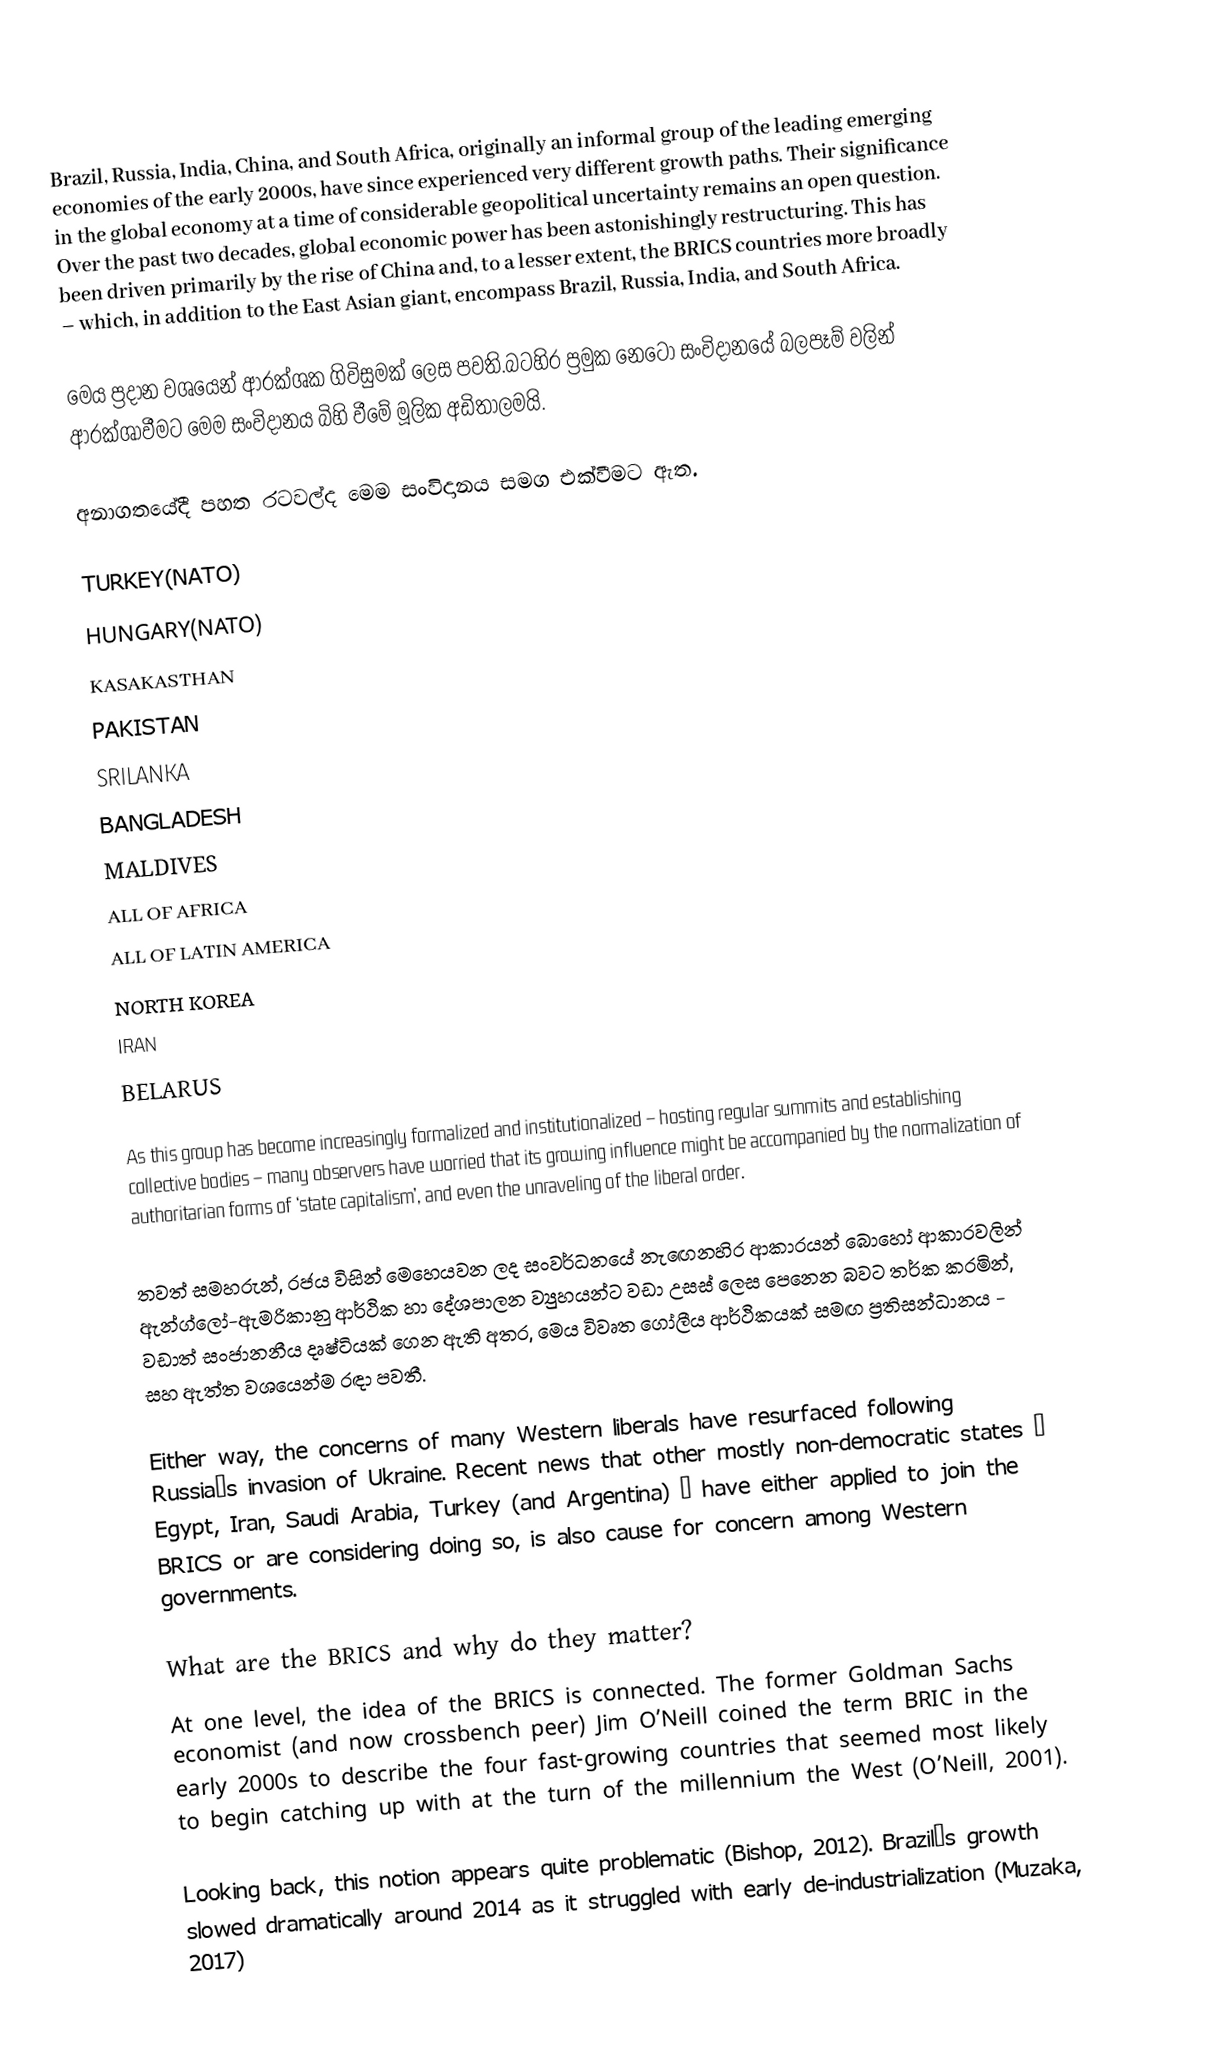
Brazil, Russia, India, China, and South Africa, originally an informal group of the leading emerging economies of the early 2000s, have since experienced very different growth paths. Their significance in the global economy at a time of considerable geopolitical uncertainty remains an open question. Over the past two decades, global economic power has been astonishingly restructuring. This has been driven primarily by the rise of China and, to a lesser extent, the BRICS countries more broadly – which, in addition to the East Asian giant, encompass Brazil, Russia, India, and South Africa.

මෙය ප්‍රදාන වශයෙන් ආරක්ශක ගිවිසුමක් ලෙස පවති.බටහිර ප්‍රමුක නෙටෝ සංවිදානයේ බලපෑම් වලින් ආරක්ශාවීමට මෙම සංවිදානය බිහි වීමේ මූලික අඩිතාලමයි.

අනාගතයේදී පහත රටවල්ද මෙම සංවිදානය සමග එක්වීමට ඇත.

 TURKEY(NATO)
 HUNGARY(NATO)
 KASAKASTHAN
 PAKISTAN
 SRILANKA
 BANGLADESH
 MALDIVES
 ALL OF AFRICA
 ALL OF LATIN AMERICA
 NORTH KOREA
 IRAN
 BELARUS

As this group has become increasingly formalized and institutionalized – hosting regular summits and establishing collective bodies – many observers have worried that its growing influence might be accompanied by the normalization of authoritarian forms of ‘state capitalism’, and even the unraveling of the liberal order.

තවත් සමහරුන්, රජය විසින් මෙහෙයවන ලද සංවර්ධනයේ නැඟෙනහිර ආකාරයන් බොහෝ ආකාරවලින් ඇන්ග්ලෝ-ඇමරිකානු ආර්ථික හා දේශපාලන ව්‍යුහයන්ට වඩා උසස් ලෙස පෙනෙන බවට තර්ක කරමින්, වඩාත් සංජානනීය දෘෂ්ටියක් ගෙන ඇති අතර, මෙය විවෘත ගෝලීය ආර්ථිකයක් සමඟ ප්‍රතිසන්ධානය - සහ ඇත්ත වශයෙන්ම රඳා පවතී.

Either way, the concerns of many Western liberals have resurfaced following Russia’s invasion of Ukraine. Recent news that other mostly non-democratic states – Egypt, Iran, Saudi Arabia, Turkey (and Argentina) – have either applied to join the BRICS or are considering doing so, is also cause for concern among Western governments.

What are the BRICS and why do they matter?
At one level, the idea of the BRICS is connected. The former Goldman Sachs economist (and now crossbench peer) Jim O’Neill coined the term BRIC in the early 2000s to describe the four fast-growing countries that seemed most likely to begin catching up with at the turn of the millennium the West (O’Neill, 2001).

Looking back, this notion appears quite problematic (Bishop, 2012). Brazil’s growth slowed dramatically around 2014 as it struggled with early de-industrialization (Muzaka, 2017)